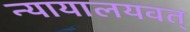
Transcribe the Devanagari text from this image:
न्यायालयवत्